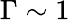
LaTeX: \Gamma\sim 1